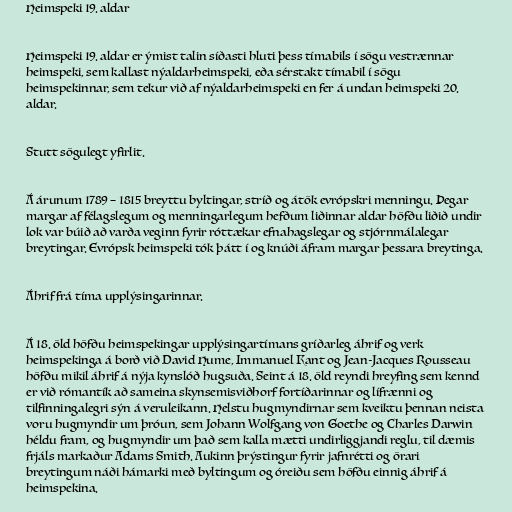
Heimspeki 19. aldar

Heimspeki 19. aldar er ýmist talin síðasti hluti þess tímabils í sögu vestrænnar
heimspeki, sem kallast nýaldarheimspeki, eða sérstakt tímabil í sögu
heimspekinnar, sem tekur við af nýaldarheimspeki en fer á undan heimspeki 20.
aldar.

Stutt sögulegt yfirlit.

Á árunum 1789 – 1815 breyttu byltingar, stríð og átök evrópskri menningu. Þegar
margar af félagslegum og menningarlegum hefðum liðinnar aldar höfðu liðið undir
lok var búið að varða veginn fyrir róttækar efnahagslegar og stjórnmálalegar
breytingar. Evrópsk heimspeki tók þátt í og knúði áfram margar þessara breytinga.

Áhrif frá tíma upplýsingarinnar.

Á 18. öld höfðu heimspekingar upplýsingartímans gríðarleg áhrif og verk
heimspekinga á borð við David Hume, Immanuel Kant og Jean-Jacques Rousseau
höfðu mikil áhrif á nýja kynslóð hugsuða. Seint á 18. öld reyndi hreyfing sem kennd
er við rómantík að sameina skynsemisviðhorf fortíðarinnar og lífrænni og
tilfinningalegri sýn á veruleikann. Helstu hugmyndirnar sem kveiktu þennan neista
voru hugmyndir um þróun, sem Johann Wolfgang von Goethe og Charles Darwin
héldu fram, og hugmyndir um það sem kalla mætti undirliggjandi reglu, til dæmis
frjáls markaður Adams Smith. Aukinn þrýstingur fyrir jafnrétti og örari
breytingum náði hámarki með byltingum og óreiðu sem höfðu einnig áhrif á
heimspekina.